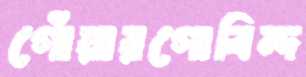
গোঁয়ারগোবিন্দ